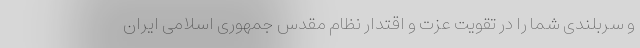
و سربلندی شما را در تقویت عزت و اقتدار نظام مقدس جمهوری اسلامی ایران